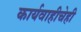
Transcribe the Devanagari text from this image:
कार्यवाहीचेही